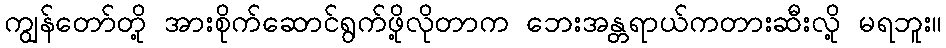
ကျွန်တော်တို့ အားစိုက်ဆောင်ရွက်ဖို့လိုတာက ဘေးအန္တရာယ်ကတားဆီးလို့ မရဘူး။